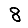
Digit: 8